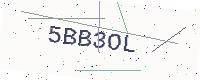
Text: 5BB3OL